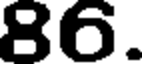
86.